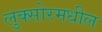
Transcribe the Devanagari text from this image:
लुक्सोरमधील